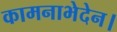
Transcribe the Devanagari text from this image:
कामनाभेदेन।